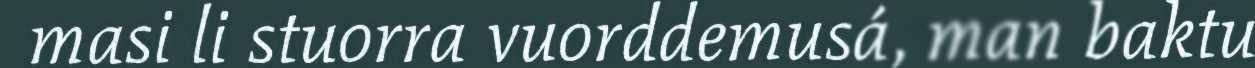
masi li stuorra vuorddemusá, man baktu